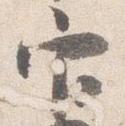
官